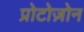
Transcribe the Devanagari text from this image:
प्रोटोज़ोन